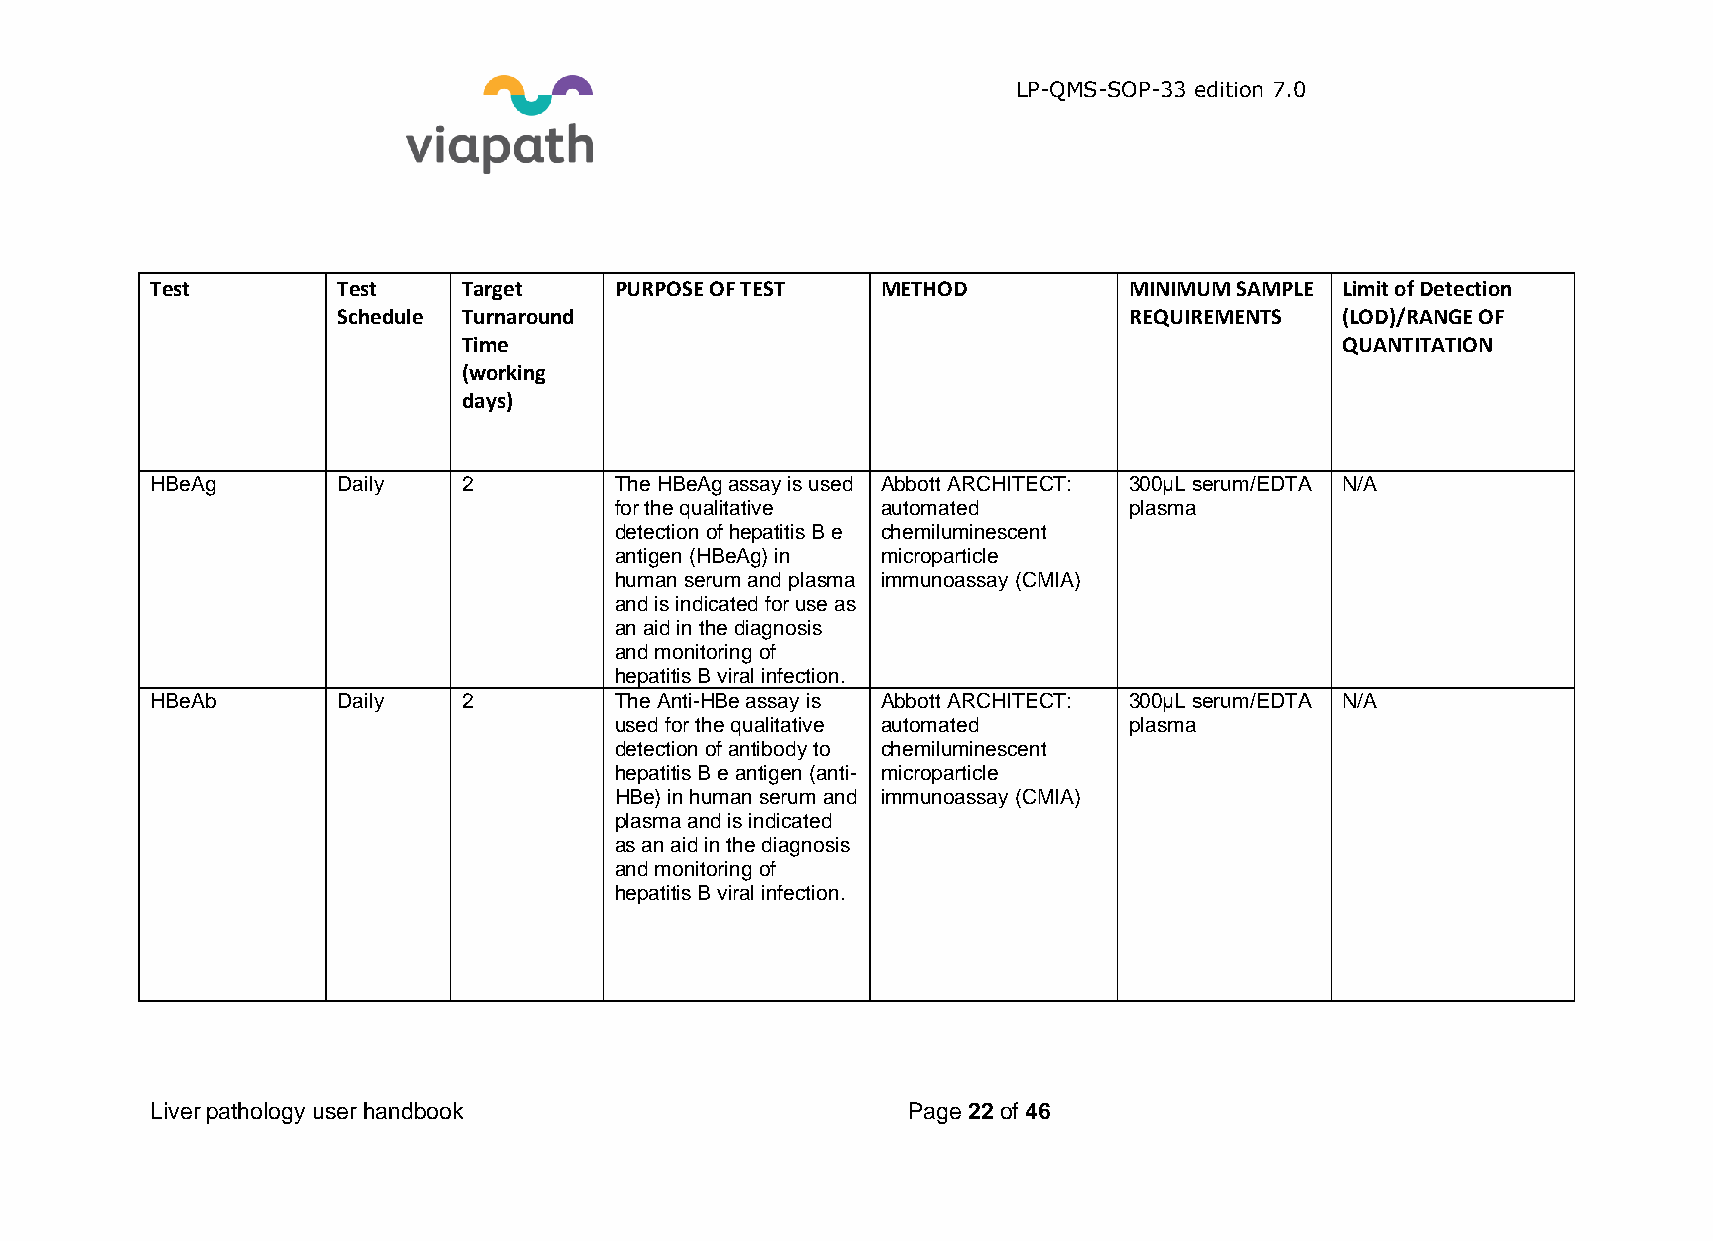
LP-QMS-SOP-33 edition 7.0
 Test        Test     Target    PURPOSE OF TEST  METHOD           MINIMUM SAMPLE Limit of Detection
 Schedule Turnaround                                  REQUIREMENTS  (LOD)/RANGE OF
 Time                                                      QUANTITATION
 (working
 days)
 HBeAg       Daily    2         The HBeAg assay is used Abbott ARCHITECT: 300μL serum/EDTA N/A
 for the qualitative automated     plasma
 detection of hepatitis B e chemiluminescent
 antigen (HBeAg) in microparticle
 human serum and plasma immunoassay (CMIA)
 and is indicated for use as
 an aid in the diagnosis
 and monitoring of
 hepatitis B viral infection.
 HBeAb       Daily    2         The Anti-HBe assay is Abbott ARCHITECT: 300μL serum/EDTA N/A
 used for the qualitative automated plasma
 detection of antibody to chemiluminescent
 hepatitis B e antigen (anti- microparticle
 HBe) in human serum and immunoassay (CMIA)
 plasma and is indicated
 as an aid in the diagnosis
 and monitoring of
 hepatitis B viral infection.
 Liver pathology user handbook                     Page 22 of 46